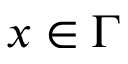
x \in \Gamma